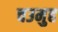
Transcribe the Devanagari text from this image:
चउमुह